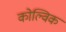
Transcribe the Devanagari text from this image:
कोल्विक